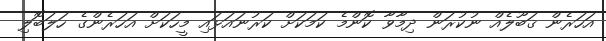
އަހަރެން ޤަބޫލެއް ނުކުރަން ދިމާވާ ކޮންމެ ކަމަކަށް ކަރުނައަޅައި މީހަކަށް އަހަރެންގެ ހަލަބޮލި